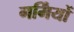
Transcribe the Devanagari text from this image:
गर्मिंयों